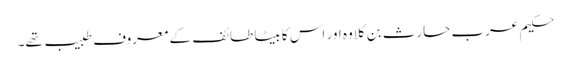
حکیم عرب حارث بن کلاوہ اور اس کا بیٹا طائف کے معروف طبیب تھے۔